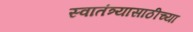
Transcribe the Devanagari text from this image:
स्वातंत्र्यासाठीच्या